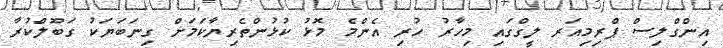
އިންގްލިސް ޕްރިމިއަރ ލީގްގައި މިހާރު ހުރި އެންމެ މޮޅު ކުޅުންތެރިޔާކަމަށް ގިނަބަޔަކު ގަބޫލްކުރާ